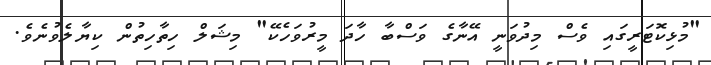
"މުޅިކޮޓަރީގައި ވެސް މިދުވަނީ އޭނާގެ ވަސްބާ ހާދަ މީރުވަހެކޭ" މިޝަލް ހިތާހިތުން ކިޔާލެވުނެވެ.